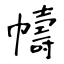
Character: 幬